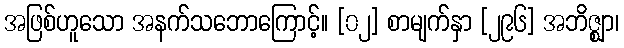
အဖြစ်ဟူသော အနက်သဘောကြောင့်။ [၀၂] စာမျက်နှာ [၂၉၆] အဘိဇ္ဈာ၊